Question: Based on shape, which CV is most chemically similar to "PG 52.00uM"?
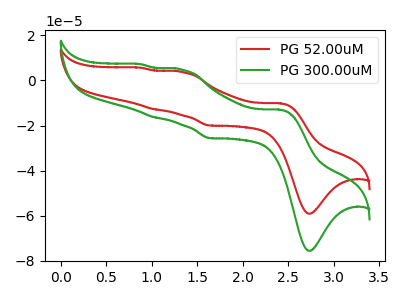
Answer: <think>The red curve "PG 52.00uM" has anodic peaks at (2.40V, -10.15uA) (1.35V, 3.70uA) (1.00V, -12.75uA) (0.85V, 5.60uA) and cathodic peaks at (2.75V, -59.05uA) (1.65V, -20.00uA). The green curve "PG 300.00uM" has anodic peaks at (2.40V, -13.00uA) (1.35V, 4.70uA) (1.00V, -16.30uA) (0.85V, 7.15uA) and cathodic peaks at (2.75V, -75.50uA) (1.65V, -25.60uA).
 All the peaks in "PG 52.00uM" have a peak in "PG 300.00uM" at the same potential.</think>
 <answer>The CV with the most similar shape to "PG 300.00uM" is "PG 52.00uM".</answer>
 <eval>"PG 52.00uM"</eval>